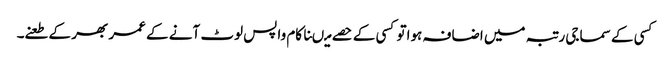
کسی کے سماجی رتبہ میں اضافہ ہواتو کسی کے حصے میںناکام واپس لوٹ آنے کے عمر بھر کے طعنے۔